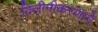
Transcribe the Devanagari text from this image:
विलीनीकरणाने